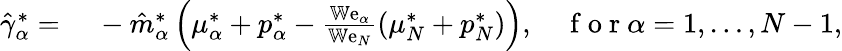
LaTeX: \begin{array}{rl}{\hat{\gamma}_{\alpha}^{*}=}&{{}~-\hat{m}_{\alpha}^{*}\left(\mu_{\alpha}^{*}+p_{\alpha}^{*}-\frac{\mathbb{W}\mathrm{e}_{\alpha}}{\mathbb{W}\mathrm{e}_{N}}\left(\mu_{N}^{*}+p_{N}^{*}\right)\right),\quad\mathrm{~f~o~r~}\alpha=1,\dots,N-1,}\end{array}